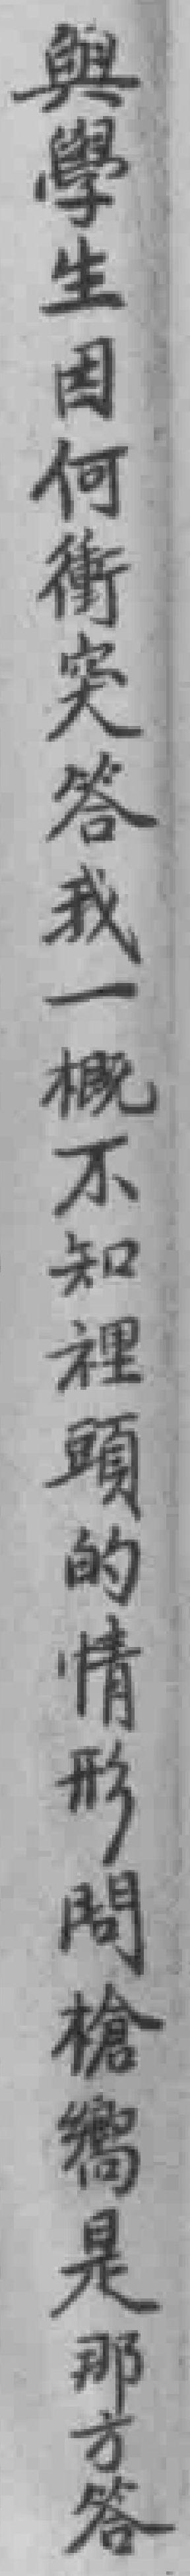
與學生因何衝突答我一概不知裡頭的情形問槍嚮是那方答